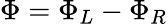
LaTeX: \Phi=\Phi_{L}-\Phi_{R}